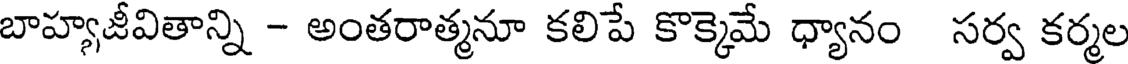
బాహ్యజీవితాన్ని - అంతరాత్మనూ కలిపే కొక్కెమే ధ్యానం సర్వ కర్మల